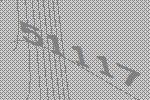
51117